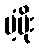
ပံ့ပိုး